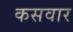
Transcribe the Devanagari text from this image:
कसवार